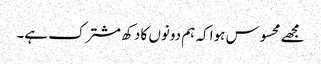
مجھے محسوس ہوا کہ ہم دونوں کا دکھ مشترک ہے۔